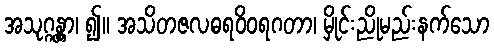
အသုဂ္ဂန္တွာ၊ ၍။ အသိတဇလဓရဝိဝရဂတာ၊ မှိုင်းညိုမည်းနက်သော